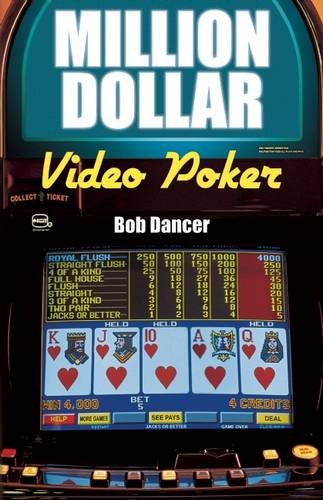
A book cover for Million Dollar Video Poker; Bob Dancer; Humor & Entertainment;